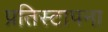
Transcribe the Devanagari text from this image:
प्रतिस्टापना